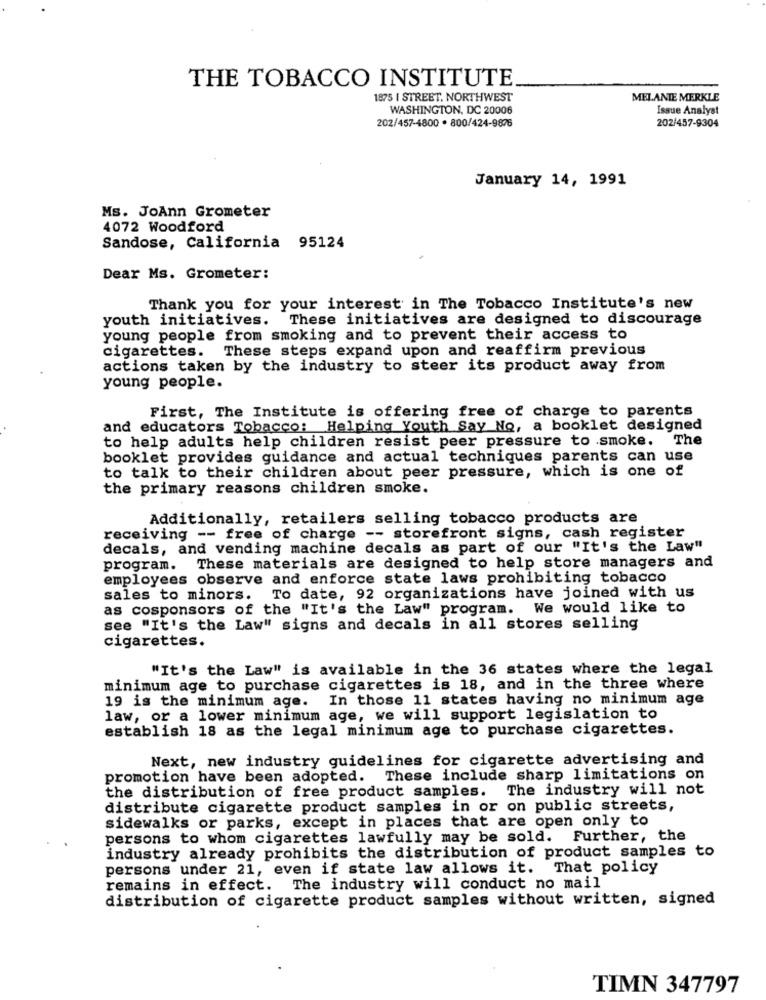
THE TOBACCO INSTITUTE
1875 I STREET. NORTHWEST
MELANIE MERKLE
WASHINGTON, DC 20006
Issue Analyst
202/457-4800 · 800/424-9876
202/457-9304
January 14, 1991
Ms. JoAnn Grometer
4072 Woodford
Sandose, California 95124
Dear Ms. Grometer:
Thank you for your interest in The Tobacco Institute's new
youth initiatives.
These initiatives are designed to discourage
young people from smoking and to prevent their access to
cigarettes. These steps expand upon and reaffirm previous
actions taken by the industry to steer its product away from
young people.
First, The Institute is offering free of charge to parents
and educators Tobacco: Helping Youth Say No, a booklet designed
to help adults help children resist peer pressure to smoke.
The
booklet provides guidance and actual techniques parents can use
to talk to their children about peer pressure, which is one of
the primary reasons children smoke.
Additionally, retailers selling tobacco products are
receiving -- free of charge -- storefront signs, cash register
decals, and vending machine decals as part of our "It's the Law"
program. These materials are designed to help store managers and
employees observe and enforce state laws prohibiting tobacco
sales to minors. To date, 92 organizations have joined with us
as cosponsors of the "It's the Law" program. We would like to
see "It's the Law" signs and decals in all stores selling
cigarettes.
"It's the Law" is available in the 36 states where the legal
minimum age to purchase cigarettes is 18, and in the three where
19 is the minimum age. In those 11 states having no minimum age
law, or a lower minimum age, we will support legislation to
establish 18 as the legal minimum age to purchase cigarettes.
Next, new industry guidelines for cigarette advertising and
promotion have been adopted. These include sharp limitations on
the distribution of free product samples. The industry will not
distribute cigarette product samples in or on public streets,
sidewalks or parks, except in places that are open only to
persons to whom cigarettes lawfully may be sold. Further, the
industry already prohibits the distribution of product samples to
persons under 21, even if state law allows it. That policy
remains in effect. The industry will conduct no mail
distribution of cigarette product samples without written, signed
TIMN 347797